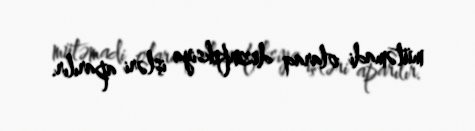
mütəmadi olaraq dezinfeksiya işləri aparılır.